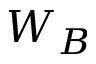
W _ { B }